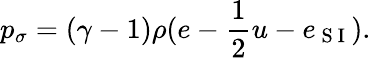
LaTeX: p_{\sigma}=(\gamma-1)\rho(e-\frac{1}{2}u-e_{\mathrm{~S~I~}}).